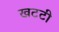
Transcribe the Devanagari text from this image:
खटटी